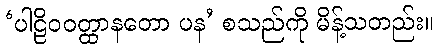
‘ပါဠိဝဝတ္ထာနတော ပန’ စသည်ကို မိန့်သတည်း။